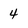
Character: 4